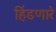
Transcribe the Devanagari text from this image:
हिंडणारे